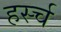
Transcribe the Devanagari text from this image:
हर्स्च